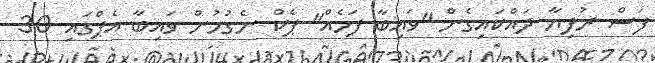
ފަސް ރުފިޔާ ދައްކައިގެން "ވައިބާ ފަހެއް" ޕެކް ނެގުމުން ވައިބާ އެޕްގައި 30